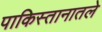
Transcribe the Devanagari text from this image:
पाकिस्तानातले